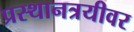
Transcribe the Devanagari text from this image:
प्रस्थानत्रयीवर